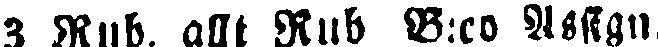
3 Rub. allt Rub B:co Assign.